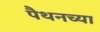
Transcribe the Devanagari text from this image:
पैथनच्या